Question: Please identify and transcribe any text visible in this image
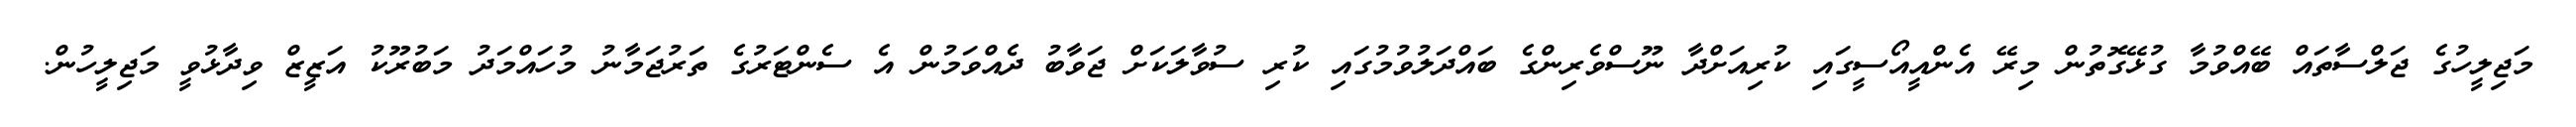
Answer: މަޖިލީހުގެ ޖަލްސާތައް ބޭއްވުމާ ގުޅޭގޮތުން މިރޭ އެންއީއޯސީގައި ކުރިއަށްދާ ނޫސްވެރިންގެ ބައްދަލުވުމުގައި ކުރި ސުވާލަކަށް ޖަވާބު ދެއްވަމުން އެ ސެންޓަރުގެ ތަރުޖަމާނު މުހައްމަދު މަބުރޫކު އަޒީޒް ވިދާޅުވީ މަޖިލީހުން.